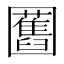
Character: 𭍸